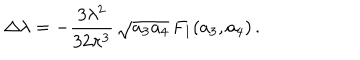
LaTeX: \Delta \lambda = - \frac { 3 \lambda ^ { 2 } } { 3 2 \pi ^ { 3 } } \, \sqrt { a _ { 3 } a _ { 4 } } \, F _ { 1 } ( a _ { 3 } , a _ { 4 } ) \, .